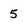
Character: 5